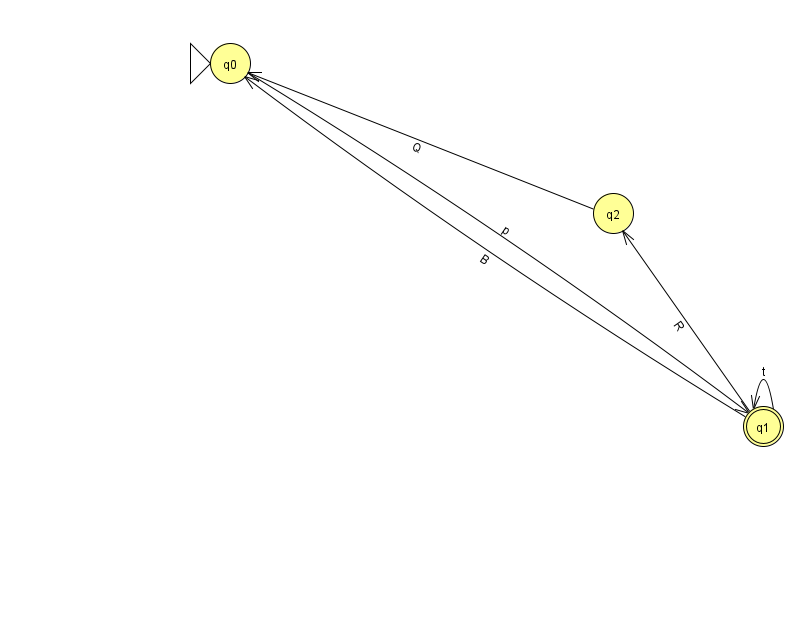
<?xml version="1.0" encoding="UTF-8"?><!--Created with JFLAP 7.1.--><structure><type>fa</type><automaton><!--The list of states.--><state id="0" name="q0"><x>230.0</x><y>50.0</y><initial/></state><state id="1" name="q1"><x>763.0</x><y>413.0</y><final/></state><state id="2" name="q2"><x>613.0</x><y>200.0</y></state><!--The list of transitions.--><transition><from>1</from><to>2</to><read>R</read></transition><transition><from>1</from><to>1</to><read>t</read></transition><transition><from>0</from><to>1</to><read>p</read></transition><transition><from>1</from><to>0</to><read>B</read></transition><transition><from>2</from><to>0</to><read>Q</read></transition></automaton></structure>